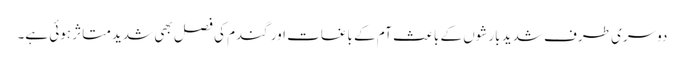
دوسری طرف شدید بارشوں کے باعث آم کے باغات اور گندم کی فصل بھی شدید متاثر ہوئی ہے۔